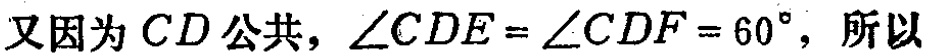
又因为 \(CD\) 公共，\(\angle CDE = \angle CDF = 60^{\circ}\)，所以